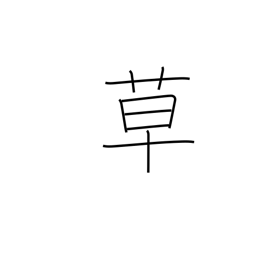
Meaning: herbs